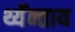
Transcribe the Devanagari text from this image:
थ्यॅन्ताय